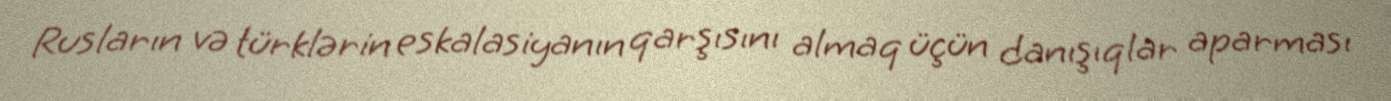
Rusların və türklərin eskalasiyanın qarşısını almaq üçün danışıqlar aparması